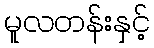
မူလတန်းနှင့်